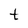
Character: t